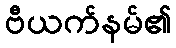
ဗီယက်နမ်၏